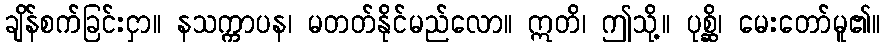
ချိန်စက်ခြင်းငှာ။ နသက္ကာပန၊ မတတ်နိုင်မည်လော။ ဣတိ၊ ဤသို့။ ပုစ္ဆိ၊ မေးတော်မူ၏။